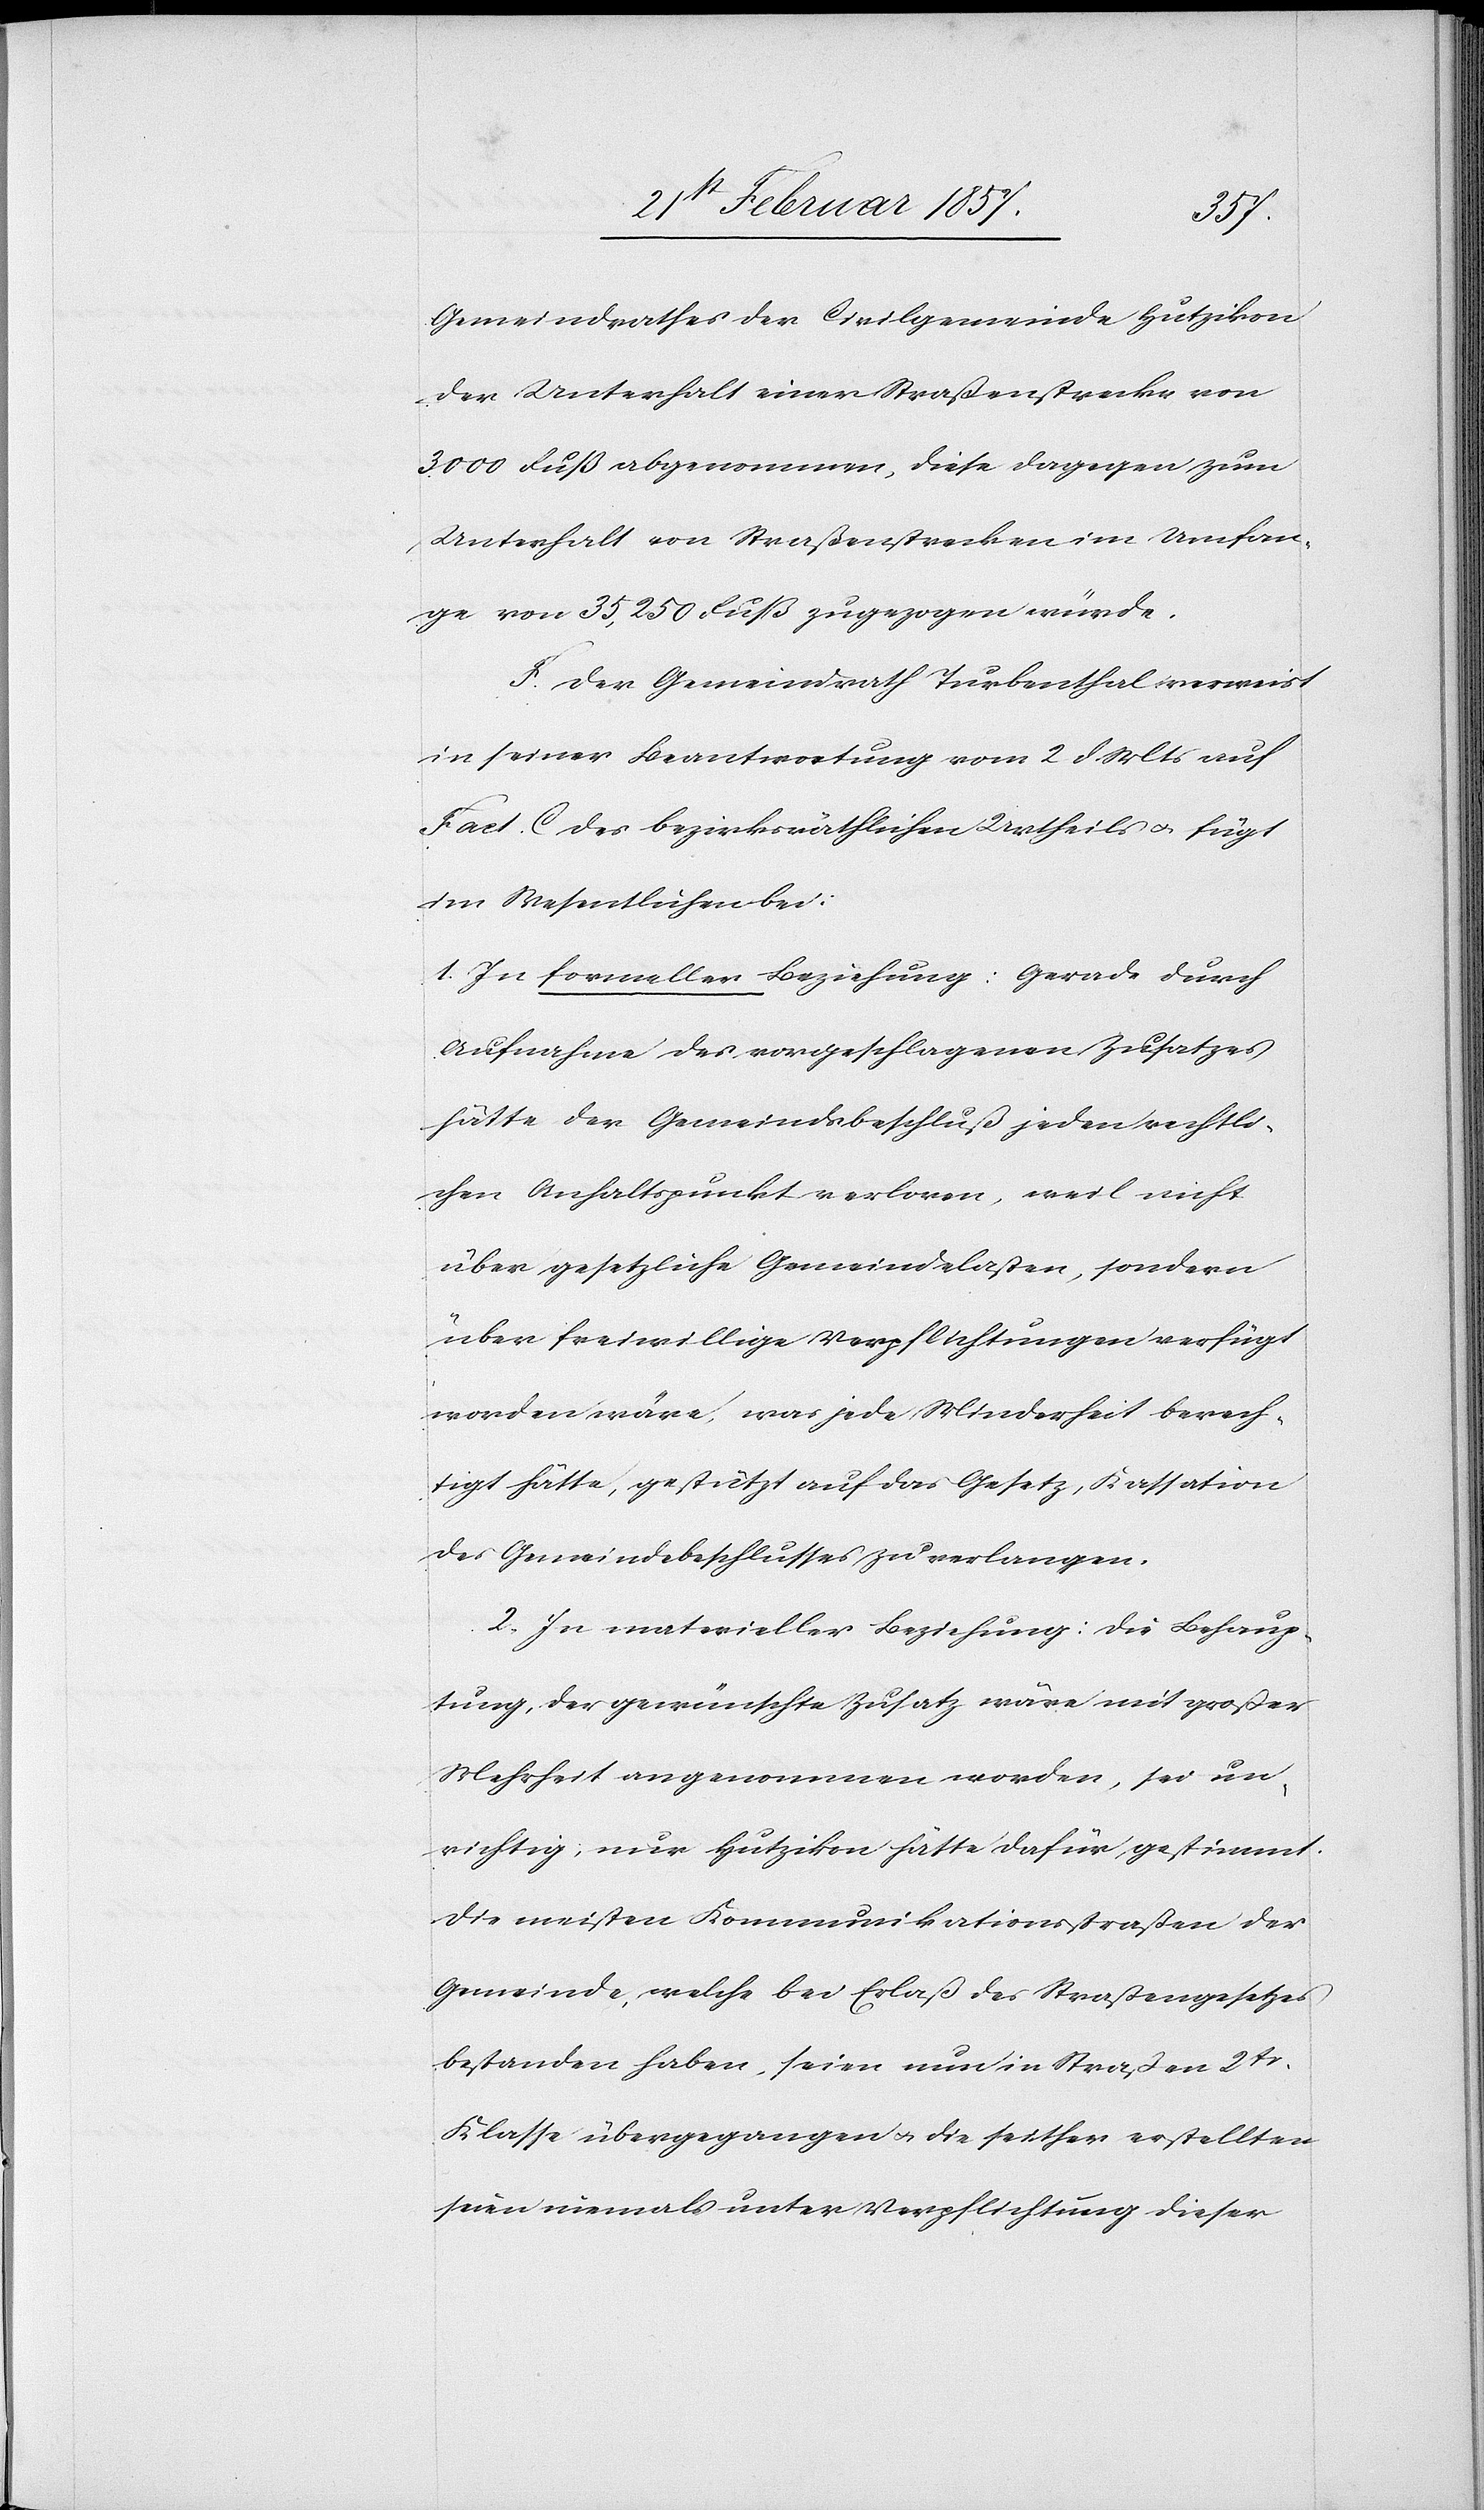
Gemeindrathes der Civilgemeinde Hutzikon
der Unterhalt einer Straßenstrecke von
3000 Fuß abgenommen, diese dagegen zum
Unterhalt von Straßenstrecken im Umfan¬
ge von 35,250 Fuß zugezogen würde.
F. Der Gemeindrath Turbenthal verweist
in seiner Beantwortung vom 2 d. Mts auf
Fact. C des bezirksräthlichen Urtheils u. fügt
im Wesentlichen bei:
1. In formeller Beziehung: Gerade durch
Aufnahme des vorgeschlagenen Zusatzes
hätte der Gemeindsbeschluß jeden rechtli¬
chen Anhaltspunkt verloren, weil nicht
über gesetzliche Gemeindelasten, sondern
über freiwillige Verpflichtungen verfügt
worden wäre, was jede Minderheit berech¬
tigt hätte, gestützt auf das Gesetz, Kassation
des Gemeindebeschlusses zu verlangen.
2. In materieller Beziehung: die Behaup¬
tung, der gewünschte Zusatz wäre mit großer
Mehrheit angenommen worden, sei un¬
richtig, nur Hutzikon hätte dafür gestimmt.
Die meisten Kommunikationsstraßen der
Gemeinde, welche bei Erlaß des Straßengesetzes
bestanden haben, seien nun in Straßen 2tr
Klasse übergegangen u. die seither erstellten
seien niemals unter Verpflichtung dieser